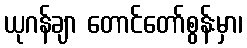
ယုဂန်ချာ တောင်တော်စွန်းမှာ၊